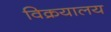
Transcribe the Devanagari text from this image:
विक्रयालय